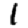
Digit: 1